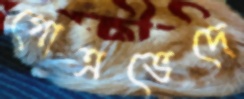
গোত্রভেদে